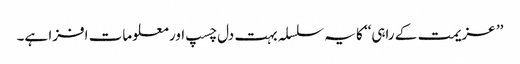
’’ عزیمت کے راہی‘‘ کا یہ سلسلہ بہت دل چسپ اور معلومات افزا ہے۔